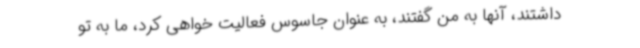
داشتند، آنها به من گفتند، به عنوان جاسوس فعالیت خواهی کرد، ما به تو